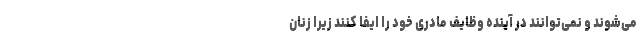
می‌شوند و نمی‌توانند در آینده وظایف مادری خود را ایفا کنند زیرا زنان